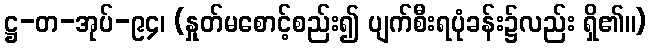
ဋ္ဌ-တ-အုပ်-၉၄၊ (နှုတ်မစောင့်စည်း၍ ပျက်စီးရပုံခန်း၌လည်း ရှိ၏။)